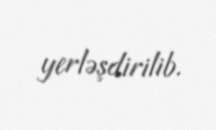
yerləşdirilib.